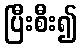
ပြီးစီး၍